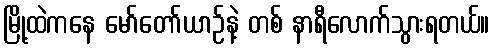
မြို့ထဲကနေ မော်တော်ယာဉ်နဲ့ တစ် နာရီလောက်သွားရတယ်။